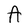
Character: A